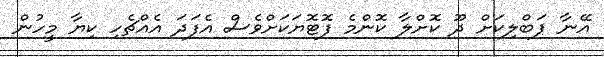
އޭނާ ޕަބްލިކަށް ދޫ ކޮށްލާ ކޮންމެ ފޮޓޮޔަކަށްވެސް އެފަދަ އެއްޗެހި ކިޔާ މީހުން